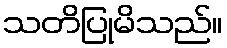
သတိပြုမိသည်။